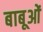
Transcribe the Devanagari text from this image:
बाबूओं